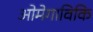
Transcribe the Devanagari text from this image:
ओमेगाविकि